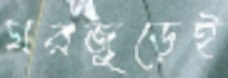
ঘরজুড়েই